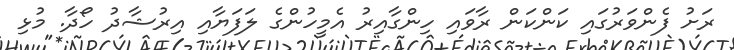
ރަށު ފެންވަރުގައި ކަންކަން ރާވައި ހިންގާއިރު އެމީހުންގެ ލަފަޔާއި އިރުޝާދު ހޯދާ. މުޅި